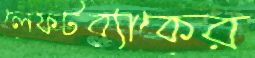
লেফটব্যাকের